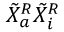
\tilde { X } _ { a } ^ { R } \tilde { X } _ { i } ^ { R }